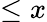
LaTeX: \leq x